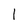
Character: 1